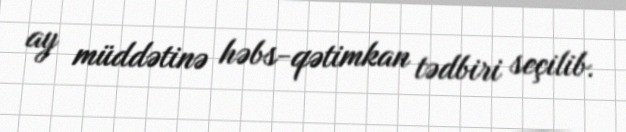
ay müddətinə həbs-qətimkan tədbiri seçilib.